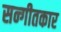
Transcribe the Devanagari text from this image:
सन्गीतकार